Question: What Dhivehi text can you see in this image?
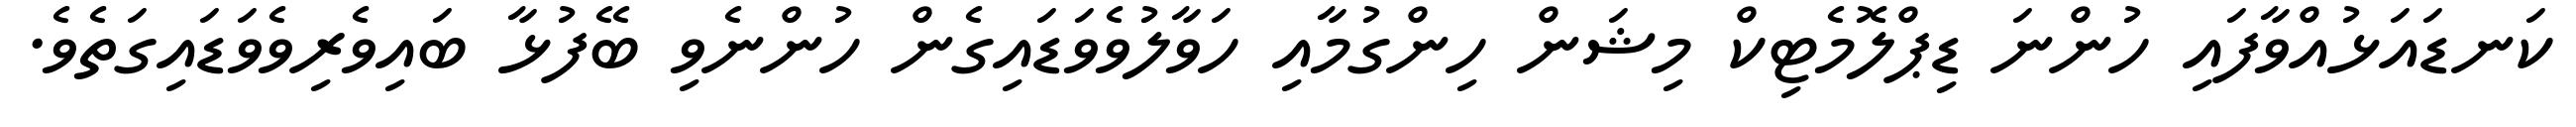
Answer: ކަނޑައަޅުއްވާފައި ހުންނަ ޑިޕްލޮމެޓިކް މިޝަން ހިންގުމާއި ހަވާލުވެވަޑައިގެން ހުންނެވި ބޭފުޅާ ބައިވެރިވެވަޑައިގަތެވެ.